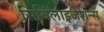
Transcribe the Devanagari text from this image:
सिविलाइजेशन्स